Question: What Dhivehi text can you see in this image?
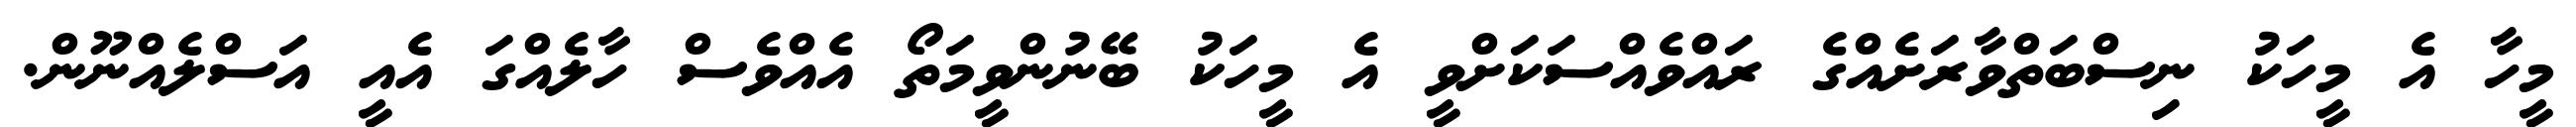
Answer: މީހާ އެ މީހަކު ނިސްބަތްވާރަށެއްގެ ރައްވެއްސަކަށްވީ އެ މީހަކު ބޭނުންވީމަތޯ އެއްވެސް ހާލެއްގަ އެއީ އަސްލެއްނޫން.